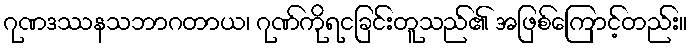
ဂုဏဒဿနသဘာဂတာယ၊ ဂုဏ်ကိုရငခြင်းတူသည်၏ အဖြစ်ကြောင့်တည်း။